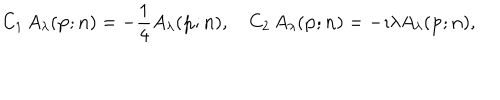
LaTeX: C _ { 1 } \, A _ { \lambda } ( { \bf p } ; { \bf n } ) = - \frac { 1 } { 4 } A _ { \lambda } ( { \bf p } ; { \bf n } ) , \quad { C _ { 2 } } \, A _ { \lambda } ( { \bf p } ; { \bf n } ) = - \imath { \lambda } A _ { \lambda } ( { \bf p } ; { \bf n } ) ,